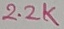
Text: 2.2K